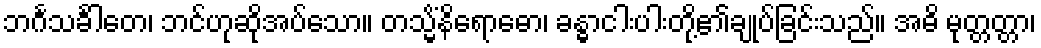
ဘင်္ဂသင်္ခါတေ၊ ဘင်ဟုဆိုအပ်သော။ တသ္မိံနိရောဓော၊ ခန္ဓာငါးပါးတို့၏ချုပ်ခြင်းသည်။ အဓိ မုတ္တတ္တာ၊